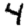
Digit: 4